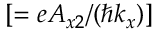
[ = e A _ { x 2 } / ( \hbar k _ { x } ) ]